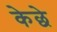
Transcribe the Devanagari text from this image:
केछे